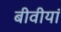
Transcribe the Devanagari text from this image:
बीवीयां